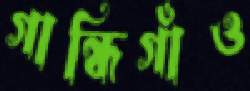
গান্ধিগাঁও